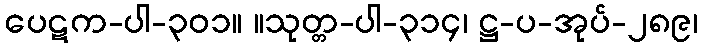
ပေဋက-ပါ-၃၀၁။ ။သုတ္တ-ပါ-၃၁၄၊ ဋ္ဌ-ပ-အုပ်-၂၈၉၊